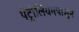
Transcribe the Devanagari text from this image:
पेट्रोलियमपासून